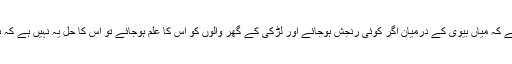
اس واقعے میں یہ نہایت اہم سبق پنہاں ہے کہ میاں بیوی کے درمیان اگر کوئی رنجش ہوجائے اور لڑکی کے گھر والوں کو اس کا علم ہوجائے تو اس کا حل یہ نہیں ہے کہ بچی کو فوراً اپنے گھر لے آؤ، یا بچی از